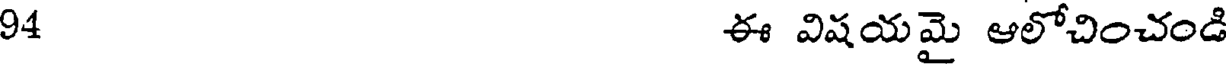
94 ఈ విషయమై ఆలోచించండి